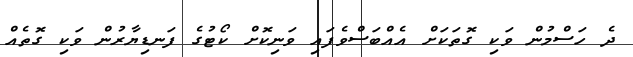
ދެ ހަސްމުން ވަކި ގޮތަކަށް އެއްބަސްވެފައި ވަނިކޮށް ކޯޓުގެ ފަނޑިޔާރުން ވަކި ގޮތެއް